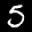
Label: 5